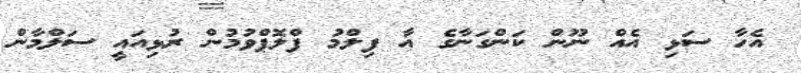
އެހާ ސަޅި އެއް ނޫން ކަންގަނާގެ އާ ފިލްމު ފްލޮޕްވުމުން ރުޅިއައީ ސަލްމާން